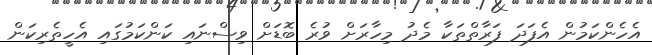
އެހެންކަމުން އެފަދަ ފަރާތްތަކާ މެދު މިހާރަށް ވުރެ ބޮޑަށް ވިސްނައި ކަންކަމުގައި އެހީތެރިކަން